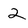
Character: 2